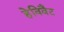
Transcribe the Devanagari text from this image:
हेविवैट